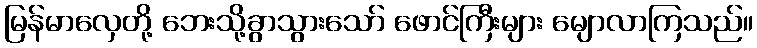
မြန်မာလှေတို့ ဘေးသို့ခွာသွားသော် ဖောင်ကြီးများ မျောလာကြသည်။